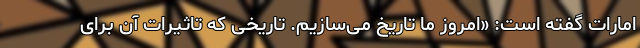
امارات گفته است: «امروز ما تاریخ می‌سازیم. تاریخی که تاثیرات آن برای